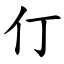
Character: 仃